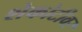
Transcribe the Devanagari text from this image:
शेकोटीवर